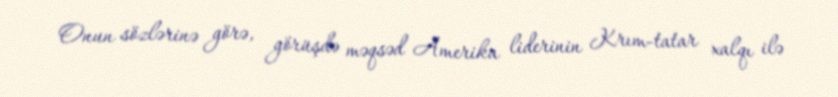
Onun sözlərinə görə, görüşdə məqsəd Amerika liderinin Krım-tatar xalqı ilə